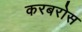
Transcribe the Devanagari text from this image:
करबरोस